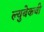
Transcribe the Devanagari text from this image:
ल्युबेकची